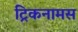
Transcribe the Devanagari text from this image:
ट्रिकनामस